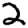
Digit: 2